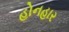
હોનહાર